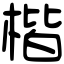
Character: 楷